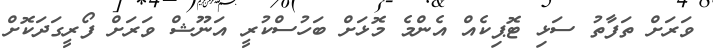
ވަރަށް ތަފާތު ސަޅި ޓޮޕިކެއް އެންމެ މޮޅަށް ބަހުސްކުރީ އަނޫޝް ވަރަށް ފޯރީގަދަކޮށް